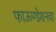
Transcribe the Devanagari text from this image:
फाऊण्डेशनचा